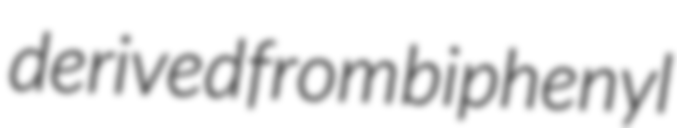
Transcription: derived from biphenyl